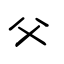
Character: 父